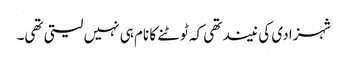
شہزادی کی نیند تھی کہ ٹوٹنے کا نام ہی نہیں لیتی تھی۔